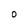
Character: O